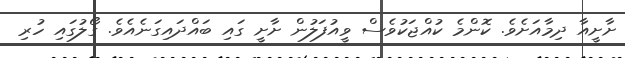
ށާށީއާ ދިމާއަށެވެ. ކޮންމެ ކުއްޖަކުވެސް ވީއުފަލުން ށާށީ ގައި ބައްދައިގަނެއެވެ. ގޯލުގައި ހުރި